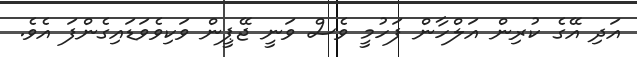
އަދި އޭގެ ކުރިން އަލްހާން ފަހުމީ ވެސް ވަނީ ޖޭޕީން ވަކިވެވަޑައިގެންފަ އެވެ.